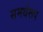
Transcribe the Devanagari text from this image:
समर्थरूप